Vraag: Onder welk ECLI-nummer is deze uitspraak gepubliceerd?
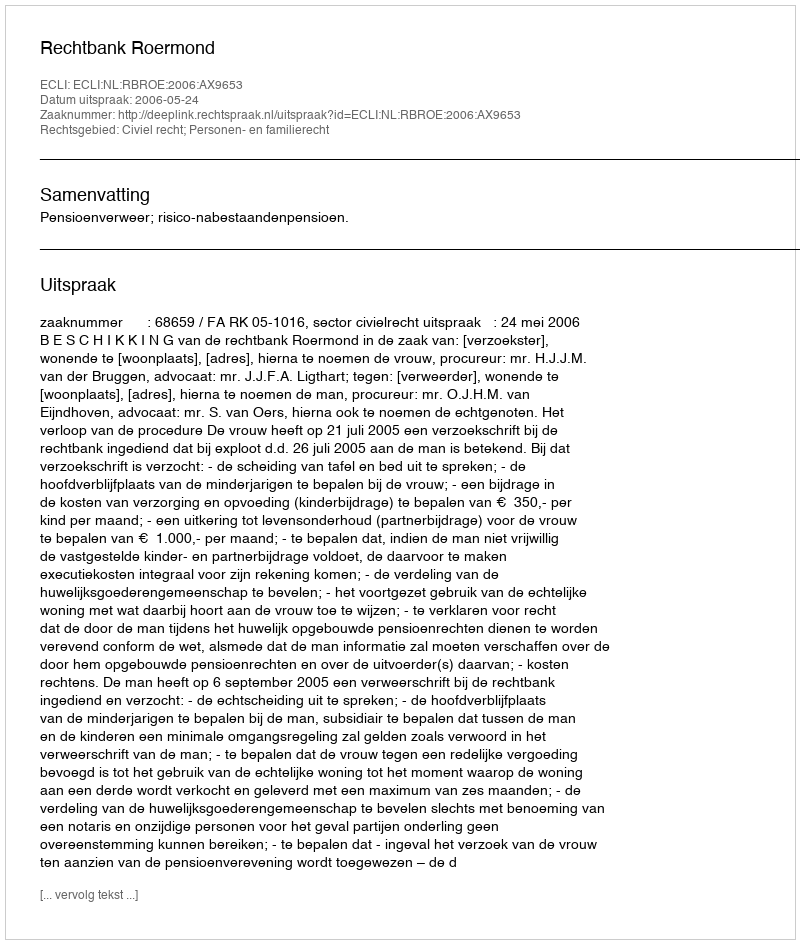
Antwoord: ECLI:NL:RBROE:2006:AX9653